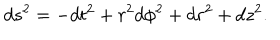
LaTeX: d s ^ { 2 } = - d t ^ { 2 } + r ^ { 2 } d \phi ^ { 2 } + d r ^ { 2 } + d z ^ { 2 } .